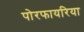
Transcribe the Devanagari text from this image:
पोरफायरिया